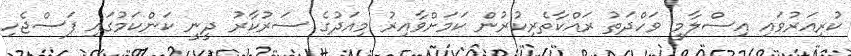
ކުރިއަރުވައި އިސްލާމީ ވަހްދަތު ރައްކާތެރިކުރުން ކަމަށްވާއިރު މިއަދުގެ ސަރުކާރު ދީނީ ކަންކަމުގައި ފަސްޖެހި